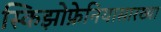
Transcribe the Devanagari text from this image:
स्किझोफ्रेनियासारख्या